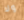
ولا